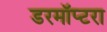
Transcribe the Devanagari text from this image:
डरमॉप्टरा